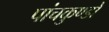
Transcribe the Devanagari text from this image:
पांचकुण्डों